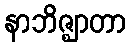
နာဘိဇ္ဈာတာ